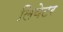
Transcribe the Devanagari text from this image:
लिवेटर